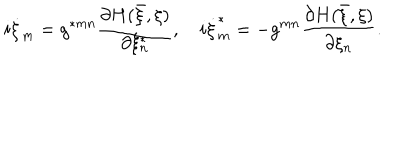
i \dot { \xi } _ { m } = g ^ { \ast m n } \frac { \partial H ( \bar { \xi } , \xi ) } { \partial \xi _ { n } ^ { \ast } } , \quad i \dot { \xi } _ { m } ^ { \ast } = - g ^ { m n } \frac { \partial H ( \bar { \xi } , \xi ) } { \partial \xi _ { n } } .